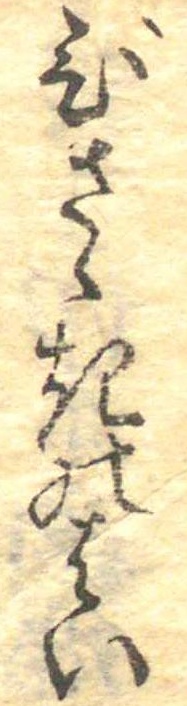
ひさゝきのはい